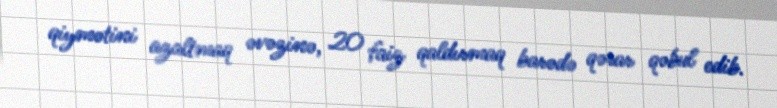
qiymətini azaltmaq əvəzinə, 20 faiz qaldırmaq barədə qərar qəbul edib.